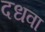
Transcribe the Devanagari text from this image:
दधवा